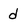
Character: d